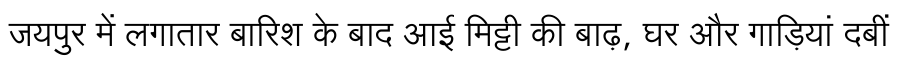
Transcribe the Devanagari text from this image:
जयपुर में लगातार बारिश के बाद आई मिट्टी की बाढ़, घर और गाड़ियां दबीं